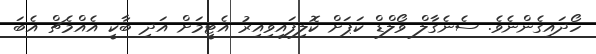
ހޯދައިގެންނެވެ. ސެނެގާލް ވޯލްޑް ކަޕަށް ކޮލިފައިވިއިރު އެޓީމަށް އަދި ބާކީ އެއްމެޗް އެބަ